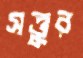
সত্তুর